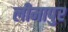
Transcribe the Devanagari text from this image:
लीमापुर